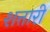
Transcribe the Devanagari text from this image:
शत्तारी